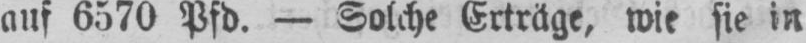
auf 6570 Pfd. - Solche Erträge, wie sie in